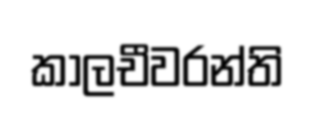
කාලචීවරන්ති